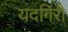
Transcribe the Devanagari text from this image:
यदगिरी